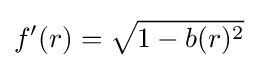
f^{\prime }(r)={\sqrt {1-b(r)^{2}}}